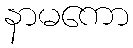
နာမကော